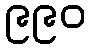
၉၉၀